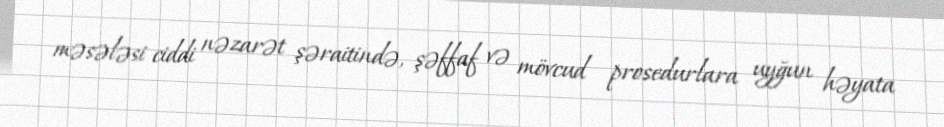
məsələsi ciddi nəzarət şəraitində, şəffaf və mövcud prosedurlara uyğun həyata